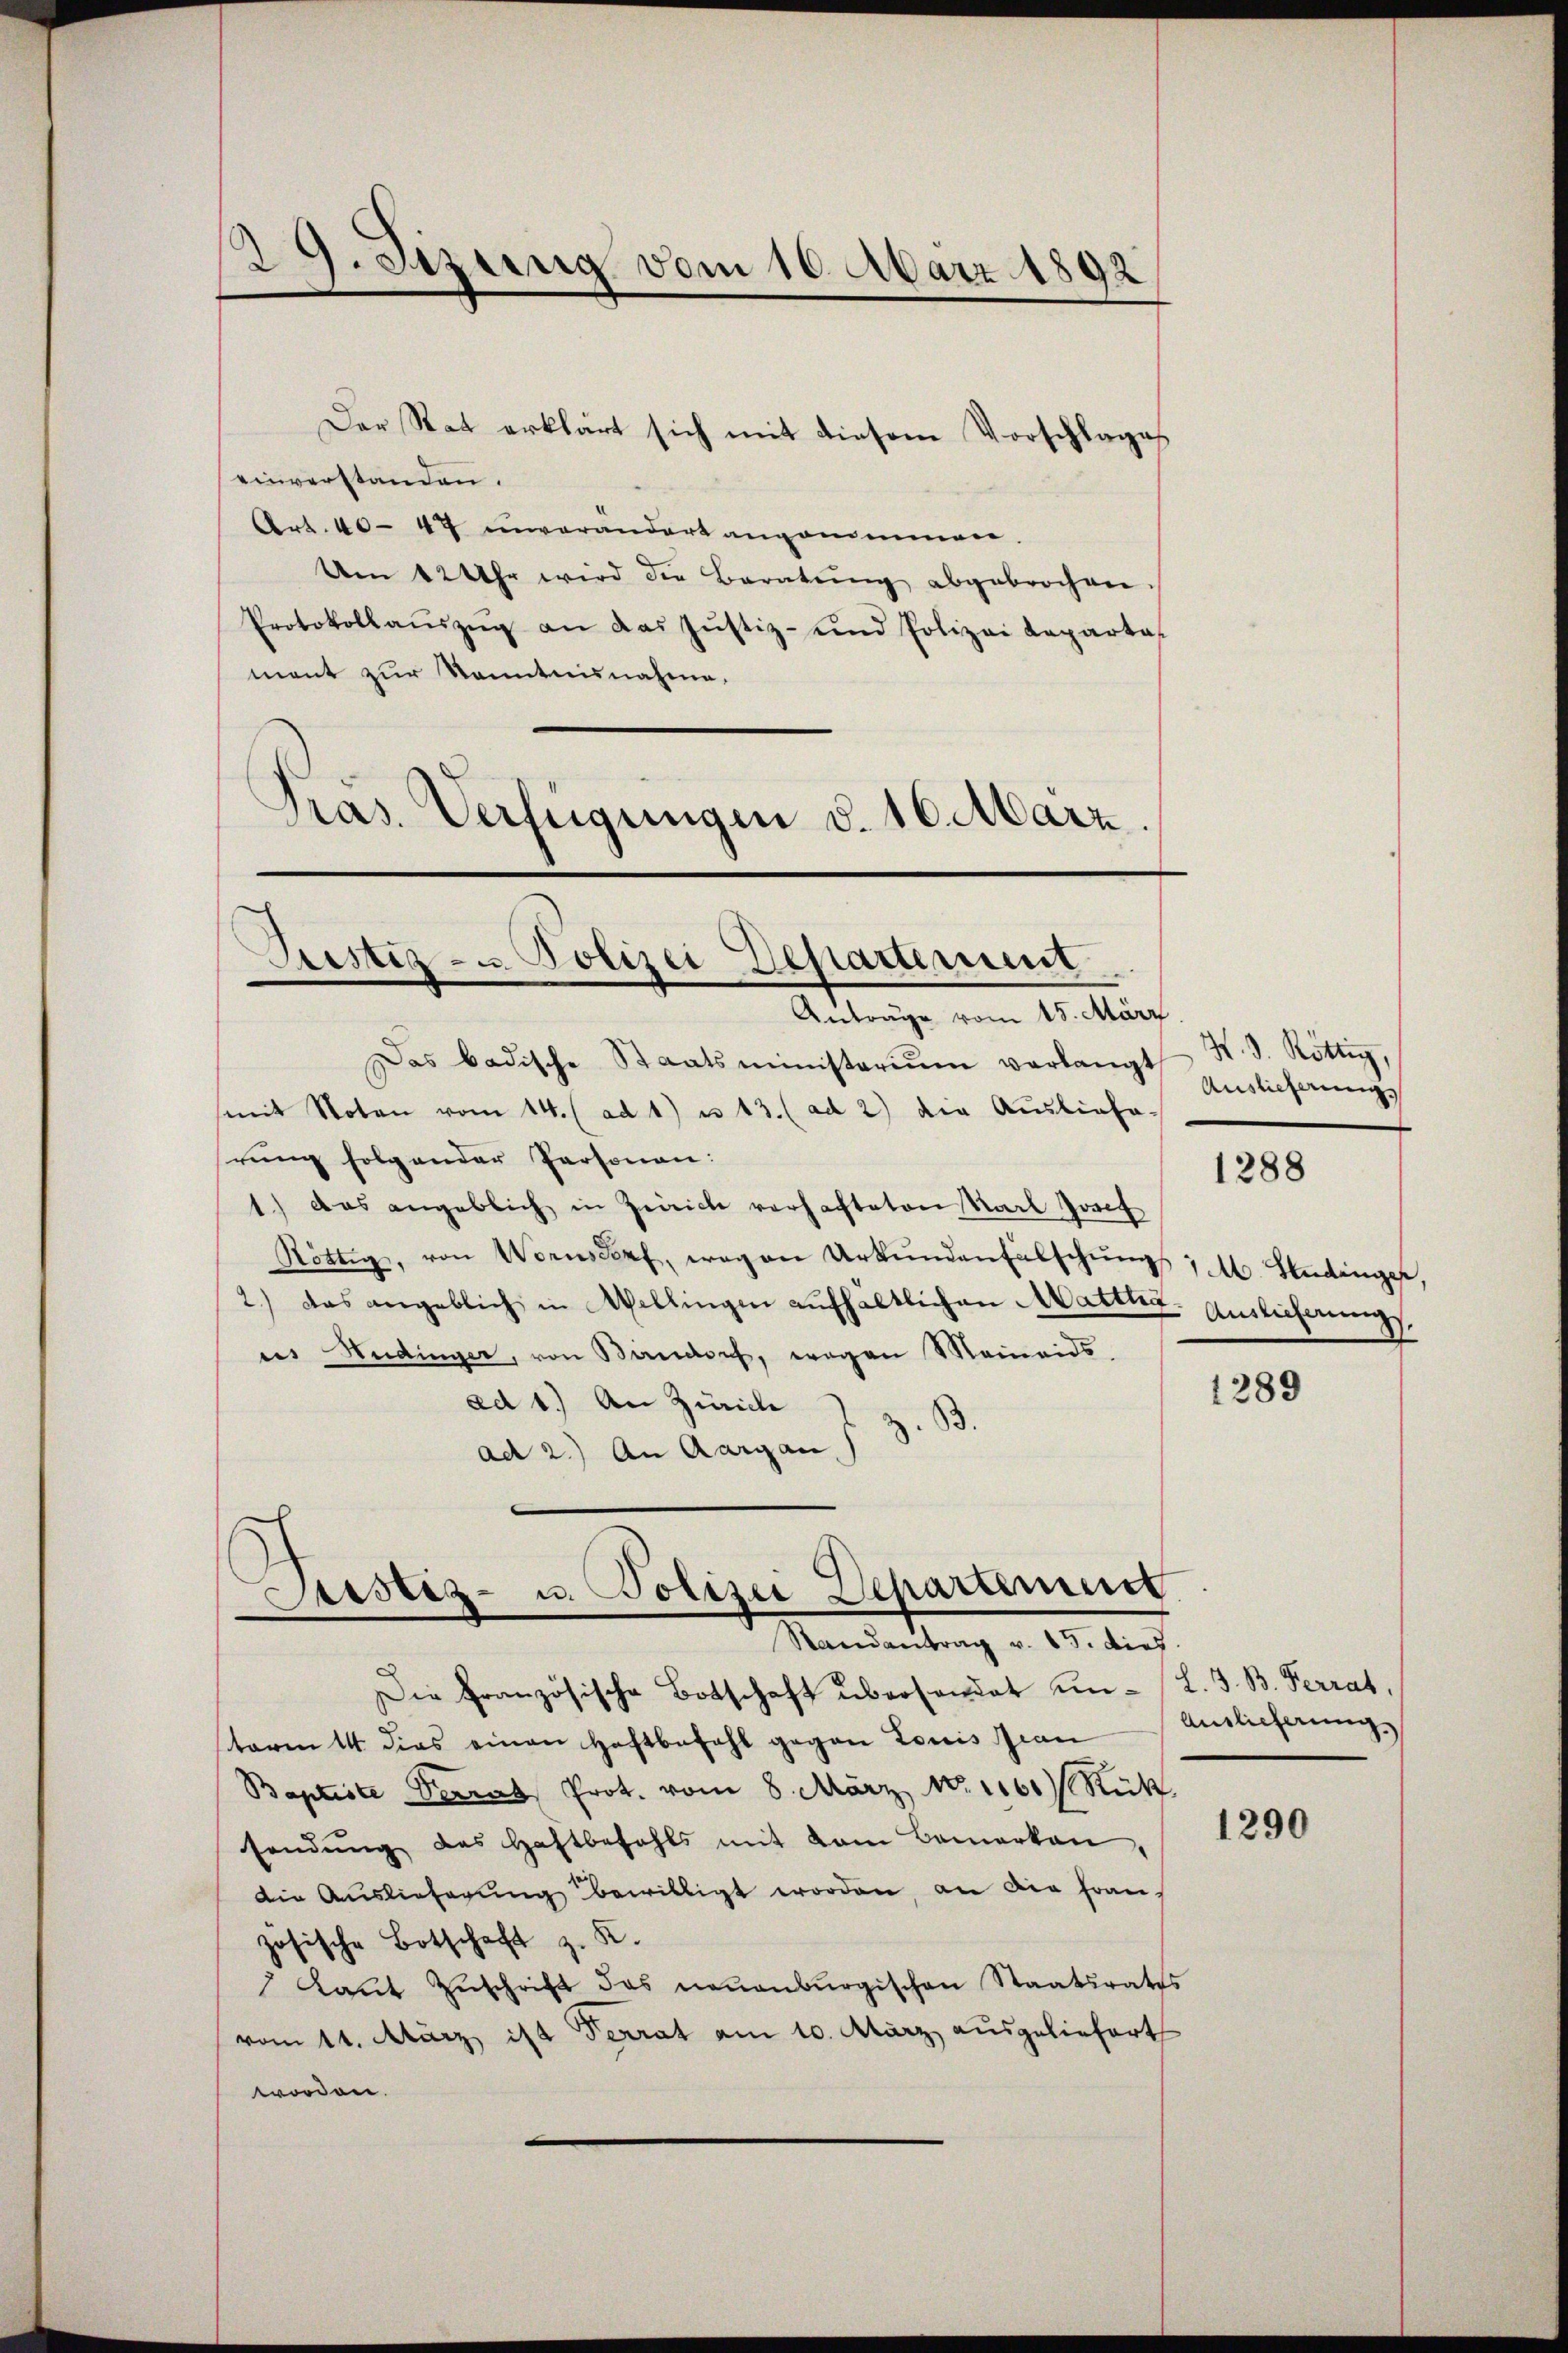
29. Setzung vom 16. März 1892

Der Rat erklärt sich mit diesem Vorschlages
einverstanden.
Art. 40-47 unverändert angenommer.
Um 12 Uhr wird die Beratung abgebrochen
Protokollaŭszŭg an das Justiz- und Polizei Reparta
mant zur Kenntnisnahme.
Pras. Verfügungen d. 16. März.

Justiz- u. Polizei Departement
Anträge vom 15. März

Das badische Staatsministerium verlangt
(mit Noten vom 14. (ad 1) u. 13. (ad 2) die Ausliefe-
rung folgender Personen:
1.) Das angeblich in Zürich verfachteten Karl Josef
Nöttig, von Wornsdorf, wegen Urkundenfalschungs 1. M. Studinger.
2.) Das angeblich in Wellingen aufhältlichen Mattha
ues Hedinger, von Bandorf, wegen Meineids
ad 1.) An Zürich
z. B.
ad 2.) An Aargau

Sistiz- u. Polizei Departement
Randantrag v. 15. dies
Die Französische Botschaft übersendet un- (L. J. B. Perrat,

H. d. Röttig,
Auslieferung,

term 14 dies einen Haftbefahl gegen Louis Gran
Baptiste Perrat Prot. vom 8. März 181160) Rück
sendŭng des Haftbefehls mit vom Bemerken,
Die Auslieferŭng bewilligt worden, an die Frau
zösische Botschaft z. K.
Laŭt Zŭschrift des neuenburgischen Staatsraths
vom 11. März ist Terrat am 10. März ausgeliefert
worden.

1288

Auslieferungs

1289

Auslicherung,

1290